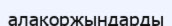
алақоржындарды